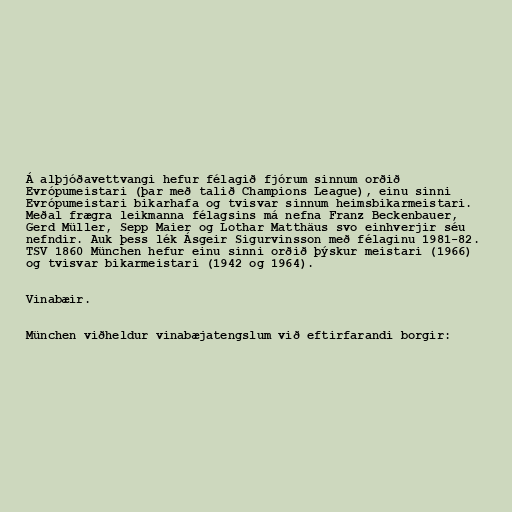
Á alþjóðavettvangi hefur félagið fjórum sinnum orðið
Evrópumeistari (þar með talið Champions League), einu sinni
Evrópumeistari bikarhafa og tvisvar sinnum heimsbikarmeistari.
Meðal frægra leikmanna félagsins má nefna Franz Beckenbauer,
Gerd Müller, Sepp Maier og Lothar Matthäus svo einhverjir séu
nefndir. Auk þess lék Ásgeir Sigurvinsson með félaginu 1981-82.
TSV 1860 München hefur einu sinni orðið þýskur meistari (1966)
og tvisvar bikarmeistari (1942 og 1964).

Vinabæir.

München viðheldur vinabæjatengslum við eftirfarandi borgir: